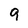
Character: 9